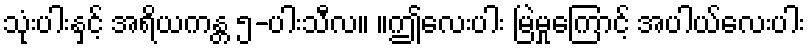
သုံးပါးနှင့် အရိယကန္တ ၅-ပါးသီလ။ ။ဤလေးပါး မြဲမှုကြောင့် အပါယ်လေးပါး